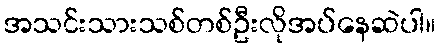
အသင်းသားသစ်တစ်ဦးလိုအပ်နေဆဲပါ။